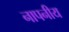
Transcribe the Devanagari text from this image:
नापनीय